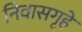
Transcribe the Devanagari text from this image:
निवासगृहे